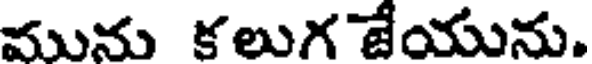
మును కలుగ జేయును.